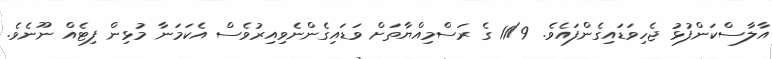
އާލާސްކަންފުޅު ޖެހިވަޑައިގެންފައެވެ. 11/9 ގެ ރަސްމިއްޔާތަށް ވަޑައިގެންނެވިއިރުވެސް އެކަމަނާ މުޅިން ފިޓެއް ނޫނެވެ.